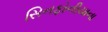
સિનફોનીયાના